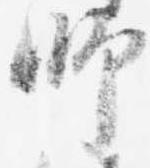
師